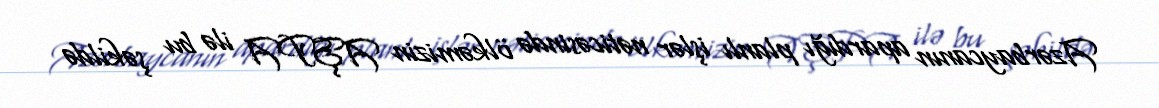
Azərbaycanın apardığı planlı işlər nəticəsində ölkəmizin AŞPA ilə bu şəkildə